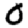
Digit: 0